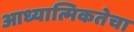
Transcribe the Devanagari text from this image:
आध्यात्मिकतेचा